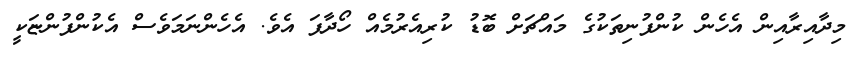
މިދާއިރާއިން އެހެން ކުންފުނިތަކުގެ މައްޗަށް ބޮޑު ކުރިއެރުމެއް ހޯދާފަ އެވެ. އެހެންނަމަވެސް އެކުންފުންޏަކީ